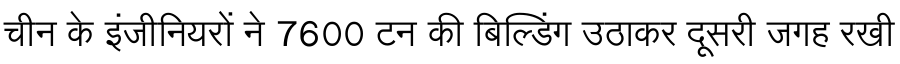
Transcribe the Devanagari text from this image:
चीन के इंजीनियरों ने 7600 टन की बिल्डिंग उठाकर दूसरी जगह रखी